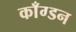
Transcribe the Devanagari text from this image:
काँग्डन